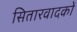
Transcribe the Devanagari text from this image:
सितारवादकों